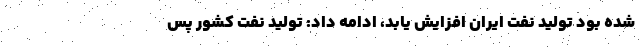
شده بود تولید نفت ایران افزایش یابد، ادامه داد: تولید نفت کشور پس